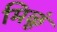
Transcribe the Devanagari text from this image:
मिळूं